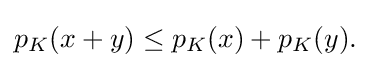
{\textstyle p_{K}(x+y)\leq p_{K}(x)+p_{K}(y).}